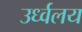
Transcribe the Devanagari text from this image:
उर्ध्वलय